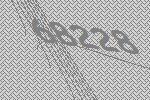
68228